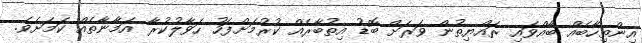
އިންތިހާބެއް ބާއްވައި ރައްޔިތުން ވަަރަށް ބޮޑު އިތުބާރެއް ކުރުމަށްފަހު ހަވާލުކުރާ އަމާނާތެއް ކަމަށެވެ.